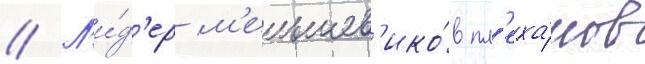
// Л'и́д'ер м'еньшев'ико́в пл'еха́нов